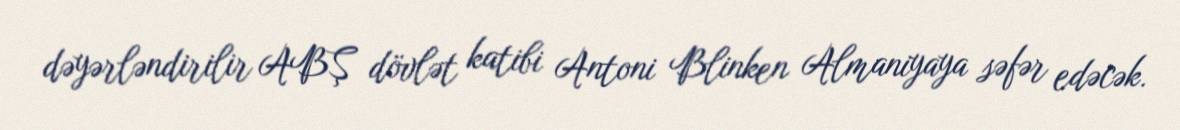
dəyərləndirilir ABŞ dövlət katibi Antoni Blinken Almaniyaya səfər edəcək.